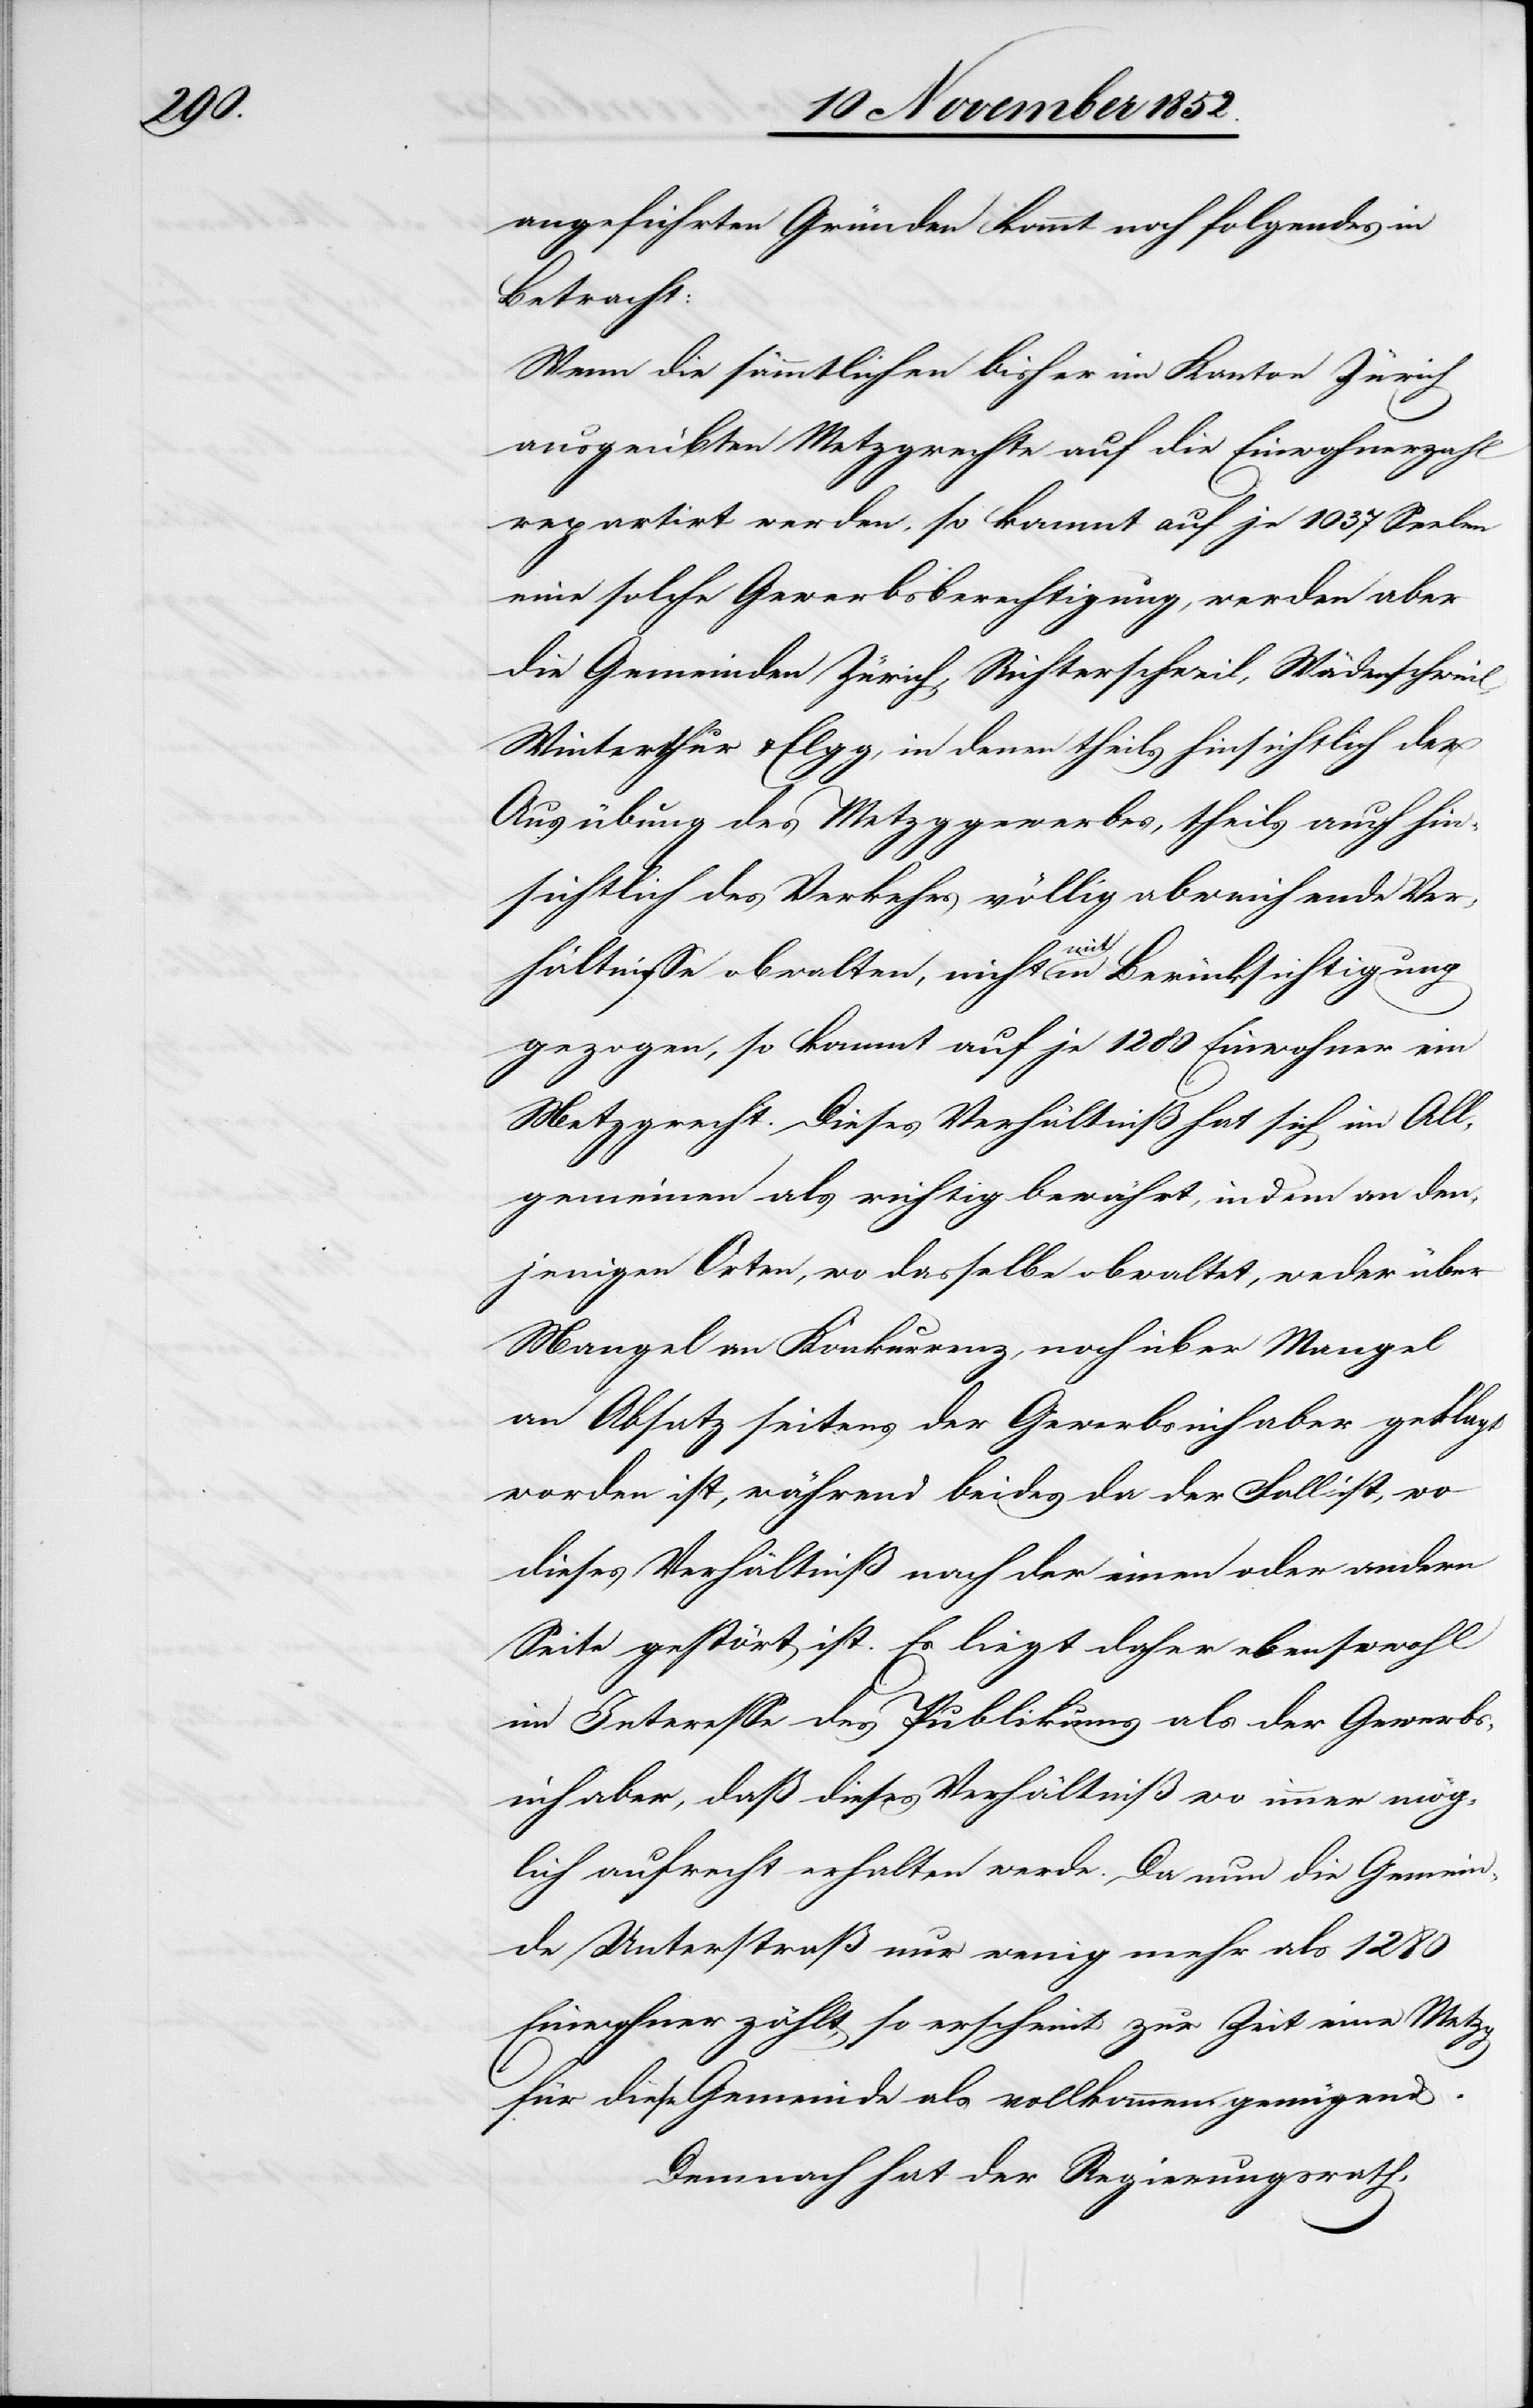
angeführten Gründen kommt noch folgendes in
Betracht:
Wenn die sämmtlichen bisher im Kanton Zürich
ausgeübten Metzgrechte auf die Einwohnerzahl
repartirt werden, so kommt auf je 1037 Seelen
eine solche Gewerbsberechtigung, werden aber
die Gemeinden Zürich, Richterschweil, Wädenschweil,
Winterthur & Elgg, in denen theils hinsichtlich der
Ausübung des Metzggewerbes, theils auch hin¬
sichtlich des Verkehrs völlig abweichende Ver¬
hältnisse obwalten, nicht mit in Berücksichtigung
gezogen, so kommt auf je 1280 Einwohner ein
Metzgrecht. Dieses Verhältniß hat sich im All¬
gemeinen als richtig bewährt, indem an den¬
jenigen Orten, wo dasselbe obwaltet, weder über
Mangel an Konkurrenz, noch über Mangel
an Absatz seitens der Gewerbsinhaber geklagt
worden ist, während beides da der Fall ist, wo
dieses Verhältniß nach der einen oder andern
Seite gestört ist. Es liegt daher ebensowohl
im Interesse des Publikums als der Gewerbs¬
inhaber, daß dieses Verhältniß wo immer mög¬
lich aufrecht erhalten werde. Da nun die Gemein¬
de Unterstraß nur wenig mehr als 1280
Einwohner zählt, so erscheint zur Zeit eine Metzg
für diese Gemeinde als vollkommen genügend.
Demnach hat der Regierungsrath,